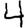
Digit: 4